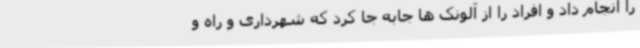
را انجام داد و افراد را از آلونک ها جابه جا کرد که شهرداری و راه و